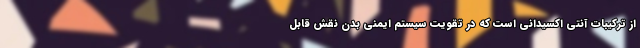
از ترکیبات آنتی اکسیدانی است که در تقویت سیستم ایمنی بدن نقش قابل